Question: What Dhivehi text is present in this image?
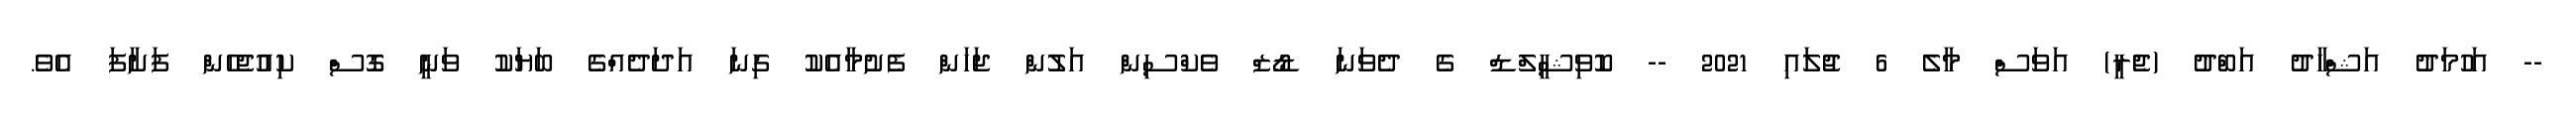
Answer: -- އަހުމަދު އަޝްހާދު އަބްދު (ޖެރީ) އަވަސް މާލެ 6 ޖުލައި 2021 -- ކޮވިޝީލްޑް ގެ ދެވަނަ ޑޯޒް ވެކްސިން އަލުން ޖަހަން ފެށުމާއެކު ގިނަ އަދަދެއްގެ ބަޔަކު ވަނީ ގޮސް ކިއުޖެހެން ފަށާފަ އެވެ.